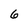
Character: 6